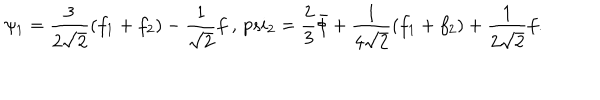
\psi _ { 1 } = \frac { 3 } { 2 \sqrt { 2 } } ( f _ { 1 } + f _ { 2 } ) - \frac { 1 } { \sqrt { 2 } } f \ , \, p s i _ { 2 } = \frac { 2 } { 3 } \bar { \phi } + \frac { 1 } { 4 \sqrt { 2 } } ( f _ { 1 } + f _ { 2 } ) + \frac { 1 } { 2 \sqrt { 2 } } f .